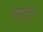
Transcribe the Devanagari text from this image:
वर्दान